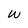
Character: w